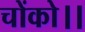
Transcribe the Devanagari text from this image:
चोंको।।